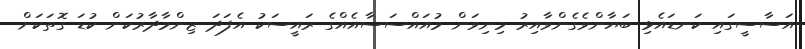
އަސާސީގައި ކަނޑައެޅި ބަޔާންވެގެންވާއިރު މިނިވަން މުއައްސަސާއެއްގެ ރައީސަކު އެފަދަ ޒިންމާދާރުކަން ކުޑަ ގޮތަކަށް